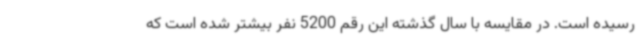
رسیده است. در مقایسه با سال گذشته این رقم 5200 نفر بیشتر شده است که